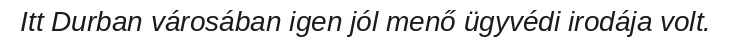
Itt Durban városában igen jól menő ügyvédi irodája volt.